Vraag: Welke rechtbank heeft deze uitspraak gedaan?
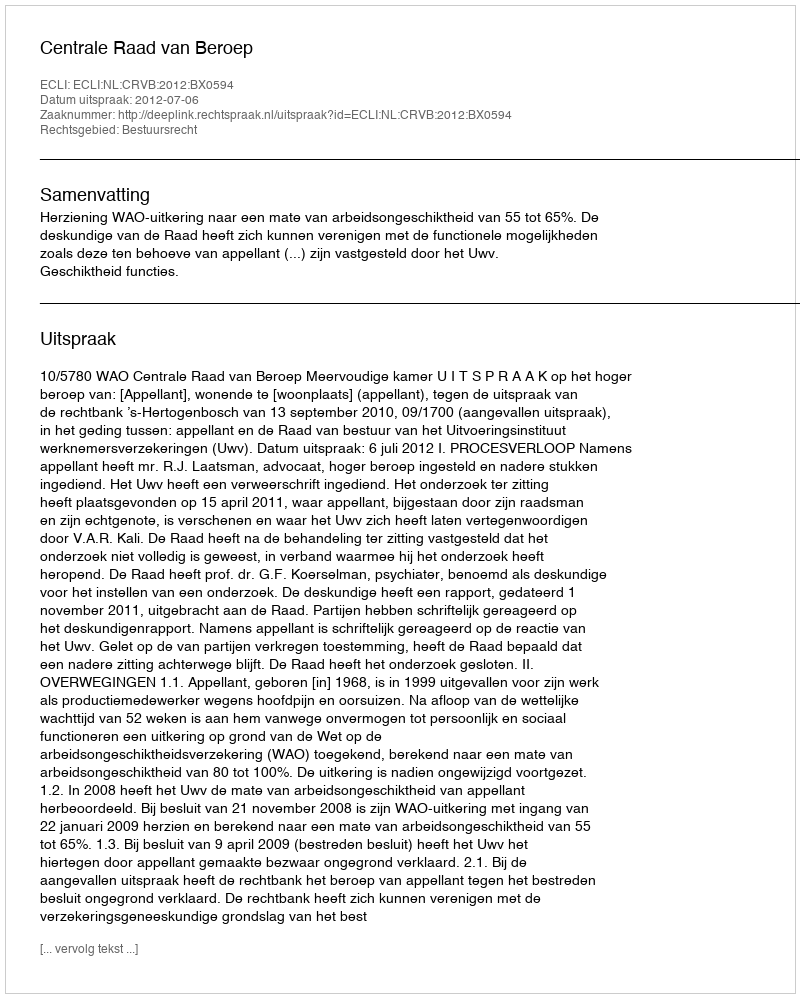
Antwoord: Centrale Raad van Beroep